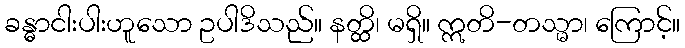
ခန္ဓာငါးပါးဟူသော ဥပါဒိသည်။ နတ္ထိ၊ မရှိ။ ဣတိ-တသ္မာ၊ ကြောင့်။